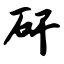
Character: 矸